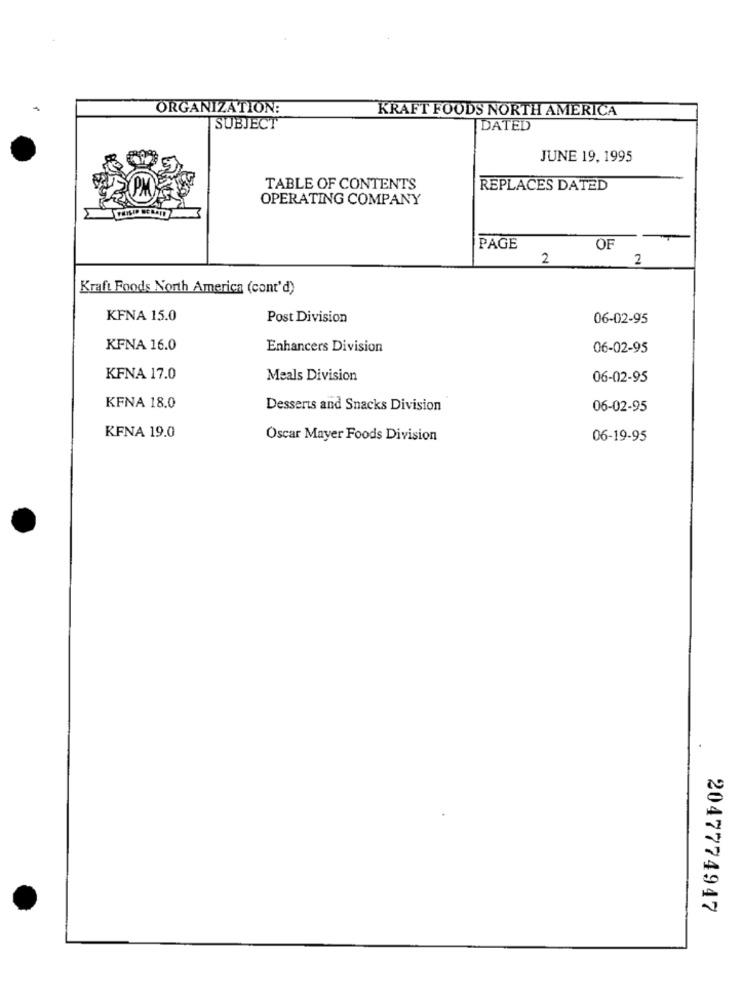
ORGANIZATION:
KRAFT FOODS NORTH AMERICA
SUBJECT
DATED
JUNE 19, 1995
TABLE OF CONTENTS
REPLACES DATED
OPERATING COMPANY
PAGE
OF
2
2
Kraft Foods North America (cont'd)
KFNA 15.0
Post Division
06-02-95
KFNA 16.0
Enhancers Division
06-02-95
KFNA 17.0
Meals Division
06-02-95
KFNA 18.0
Desserts and Snacks Division
06-02-95
KFNA 19.0
Oscar Mayer Foods Division
06-19-95
2047774947